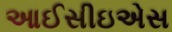
આઈસીઇએસ